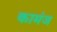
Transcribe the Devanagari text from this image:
कामंज